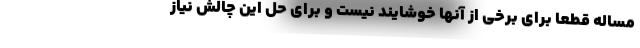
مساله قطعا برای برخی از آنها خوشایند نیست و برای حل این چالش نیاز